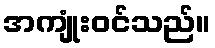
အကျုံးဝင်သည်။